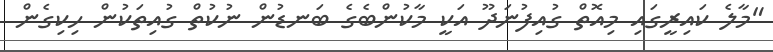
"މާލެ ކައިރީގައި މިއޮތް ގުއިފުނަދޫ އަކީ މާކުންބެގެ ބަނޑުންް ނުކުތް ގުއިތަކުން ހިކިގެން